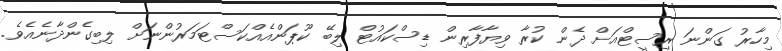
މިހާރު ގަންނަ ރިސީޓްއަށް ދެން ކުރާ ވިޔާފާރިން ޑިސްކައުޓް ލިބޭ ކޫޕަންއެއްކަސްޓަމަރުންނަށް ލިބިގެންދާނެއެވެ.